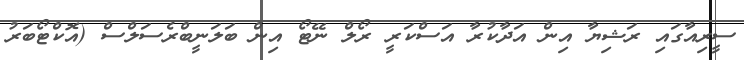
ސީރިއާގައި ރަޝިޔާ އިން އަދާކުރާ އަސްކަރީ ރޯލް ނޭޓޯ އިން ބަލަނީބްރެސަލްސް (އޮކްޓޯބަރު